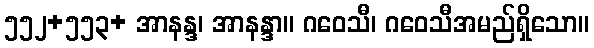
၅၅၂+၅၅၃+ အာနန္ဒ၊ အာနန္ဒာ။ ဂဝေသီ၊ ဂဝေသီအမည်ရှိသော။